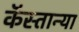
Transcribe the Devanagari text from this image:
कॅस्तान्या